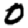
Digit: 0